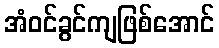
အံဝင်ခွင်ကျဖြစ်အောင်